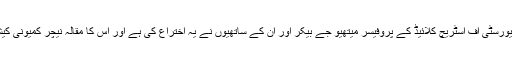
گلاسگو میں واقع یونیورسٹی آف اسٹریچ کلائیڈ کے پروفیسر میتھیو جے بیکر اور ان کے ساتھیوں نے یہ اختراع کی ہے اور اس کا مقالہ نیچر کمیونی کیشن میں شائع ہوا ہے۔